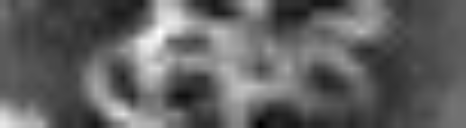
episcopus